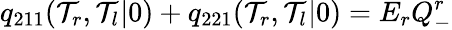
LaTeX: q_{211}(\mathcal{T}_{r},\mathcal{T}_{l}|0)+q_{221}(\mathcal{T}_{r},\mathcal{T}_{l}|0)=E_{r}Q_{-}^{r}